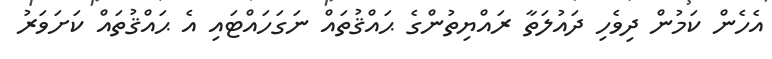
އެހެން ކަމުން ދިވެހި ދައުލަތާ ރައްޔިތުންގެ ޙައްޤުތައް ނަގަހައްޓައި އެ ޙައްޤުތައް ކަށަވަރު